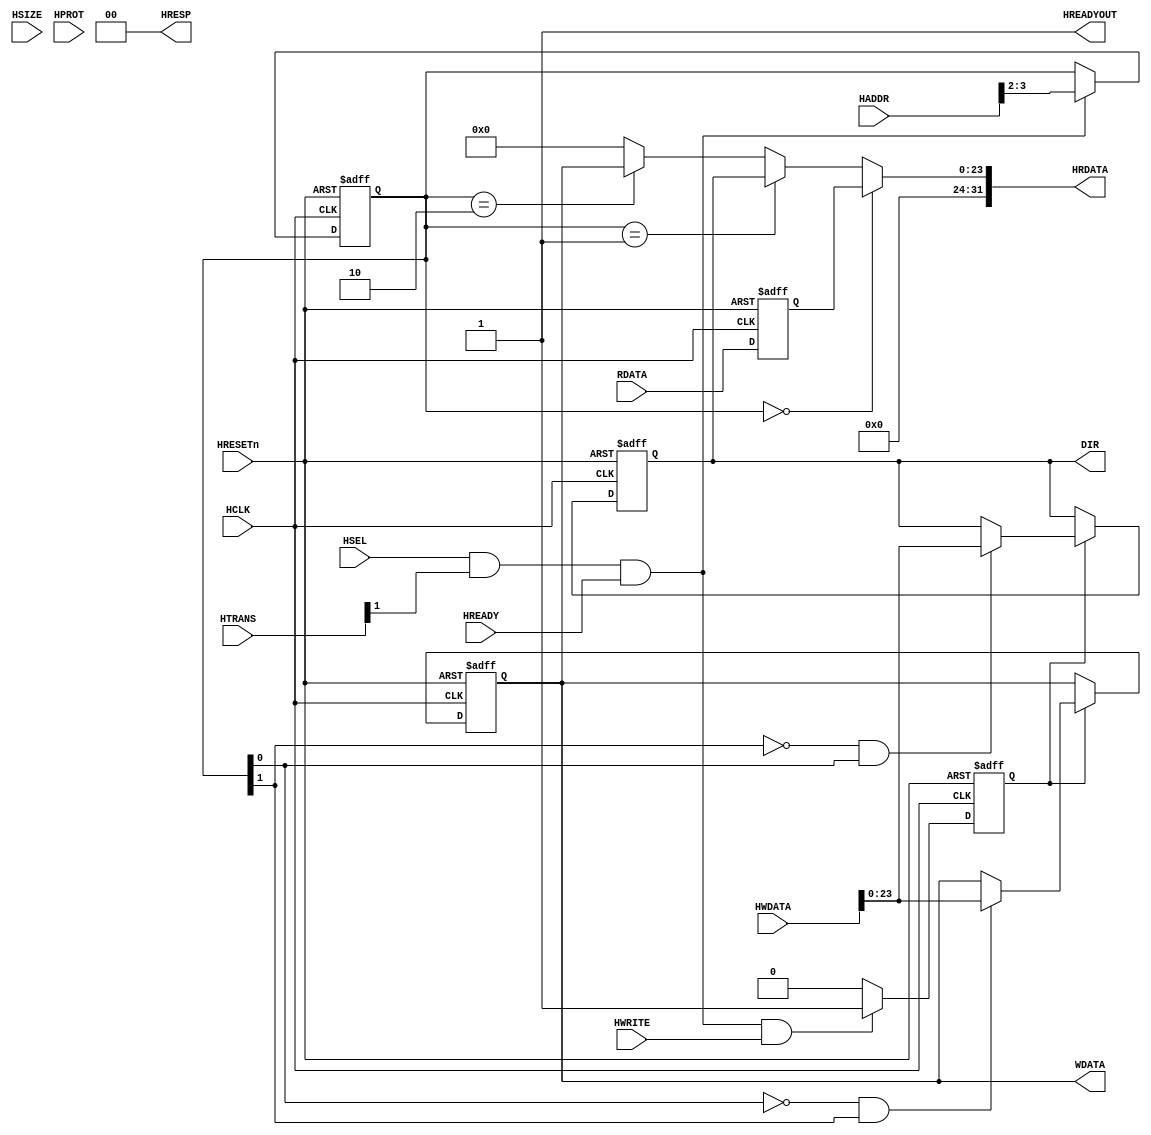
module AHBlite_GPIO #(
    parameter   GPIO_WIDTH = 24
)   (
    input   wire                        HCLK,    
    input   wire                        HRESETn, 
    input   wire                        HSEL,    
    input   wire    [31:0]              HADDR,   
    input   wire    [1:0]               HTRANS,  
    input   wire    [2:0]               HSIZE,   
    input   wire    [3:0]               HPROT,   
    input   wire                        HWRITE,  
    input   wire    [31:0]              HWDATA,   
    input   wire                        HREADY, 
    output  wire                        HREADYOUT, 
    output  wire    [31:0]              HRDATA,  
    output  wire    [1:0]               HRESP,
    output  wire    [GPIO_WIDTH-1:0]    DIR,
    output  wire    [GPIO_WIDTH-1:0]    WDATA,
    input   wire    [GPIO_WIDTH-1:0]    RDATA  
);


assign HRESP = 2'b0;
assign HREADYOUT = 1'b1;

wire trans_en;
assign trans_en = HSEL & HTRANS[1] & HREADY;

wire write_en;
assign write_en = trans_en & HWRITE;

reg wr_en_reg;
always@(posedge HCLK or negedge HRESETn) begin
  if(~HRESETn) wr_en_reg <= 1'b0;
  else if(write_en) wr_en_reg <= 1'b1;
  else wr_en_reg <= 1'b0;
end

reg [1:0] addr_reg;
always@(posedge HCLK or negedge HRESETn) begin
  if(~HRESETn) addr_reg <= 2'b0;
  else if(trans_en) addr_reg <= HADDR[3:2];
end

reg [GPIO_WIDTH-1:0] wdata_reg;
reg [GPIO_WIDTH-1:0] dir_reg;
always@(posedge HCLK or negedge HRESETn) begin
    if(~HRESETn) begin
        wdata_reg <= 0;
        dir_reg <= 0;
    end else if(wr_en_reg)begin
        if(~addr_reg[1]&addr_reg[0]) dir_reg <= HWDATA[GPIO_WIDTH-1:0];
        if(~addr_reg[0]&addr_reg[1]) wdata_reg <= HWDATA[GPIO_WIDTH-1:0];
    end
end

reg [GPIO_WIDTH-1:0] rdata_reg;
always@(posedge HCLK or negedge HRESETn) begin
    if(~HRESETn) begin 
        rdata_reg <= 0;
    end else begin
        rdata_reg <= RDATA;
    end
end

assign DIR = dir_reg;
assign HRDATA = (addr_reg == 2'b00) ? rdata_reg : 
               ((addr_reg == 2'b01) ? dir_reg :
               ((addr_reg == 2'b10) ? wdata_reg : 32'b0));

assign WDATA = wdata_reg;

endmodule